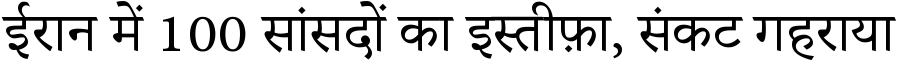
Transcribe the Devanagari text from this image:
ईरान में 100 सांसदों का इस्तीफ़ा, संकट गहराया